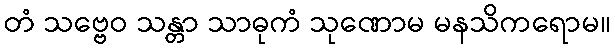
တံ သဗ္ဗေဝ သန္တာ သာဓုကံ သုဏောမ မနသိကရောမ။